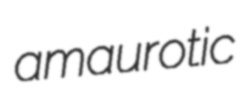
amaurotic